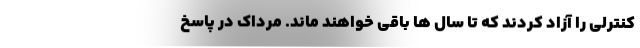
کنترلی را آزاد کردند که تا سال ها باقی خواهند ماند. مرداک در پاسخ